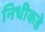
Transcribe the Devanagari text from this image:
निधीकडे